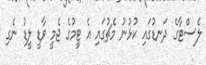
ލެސްޓާގެ ދަނޑުގައި ކުޅުނު މެޗުގައި އެ ޓީމުގެ ޖެމީ ވާޑީ ލީޑު ނެގި